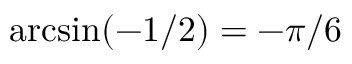
\arcsin ( - 1 / 2 ) = - \pi / 6